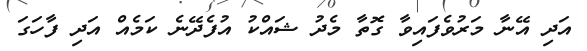
އަދި އޭނާ މަރުވެފައިވާ ގޮތާ މެދު ޝައްކު އުފެދޭނެ ކަމެއް އަދި ފާހަގަ